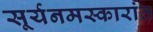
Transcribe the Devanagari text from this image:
सूर्यनमस्कारांत